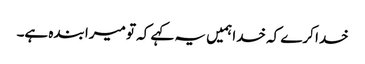
خدا کرے کہ خدا ہمیں یہ کہے کہ تو میرا بندہ ہے۔